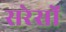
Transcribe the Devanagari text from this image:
सरेसों